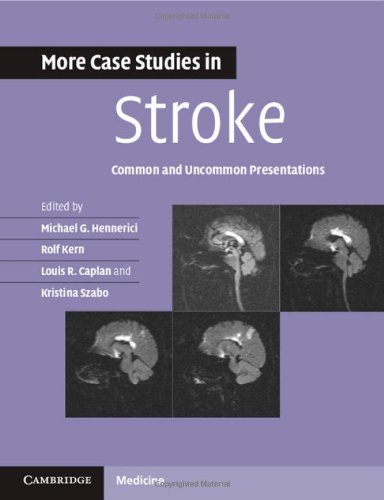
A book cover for More Case Studies in Stroke: Common and Uncommon Presentations; Health, Fitness & Dieting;